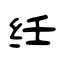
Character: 纴